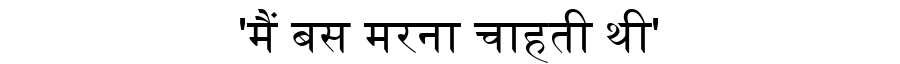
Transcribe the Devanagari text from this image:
'मैं बस मरना चाहती थी'